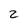
Character: z